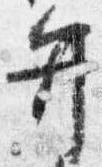
弁